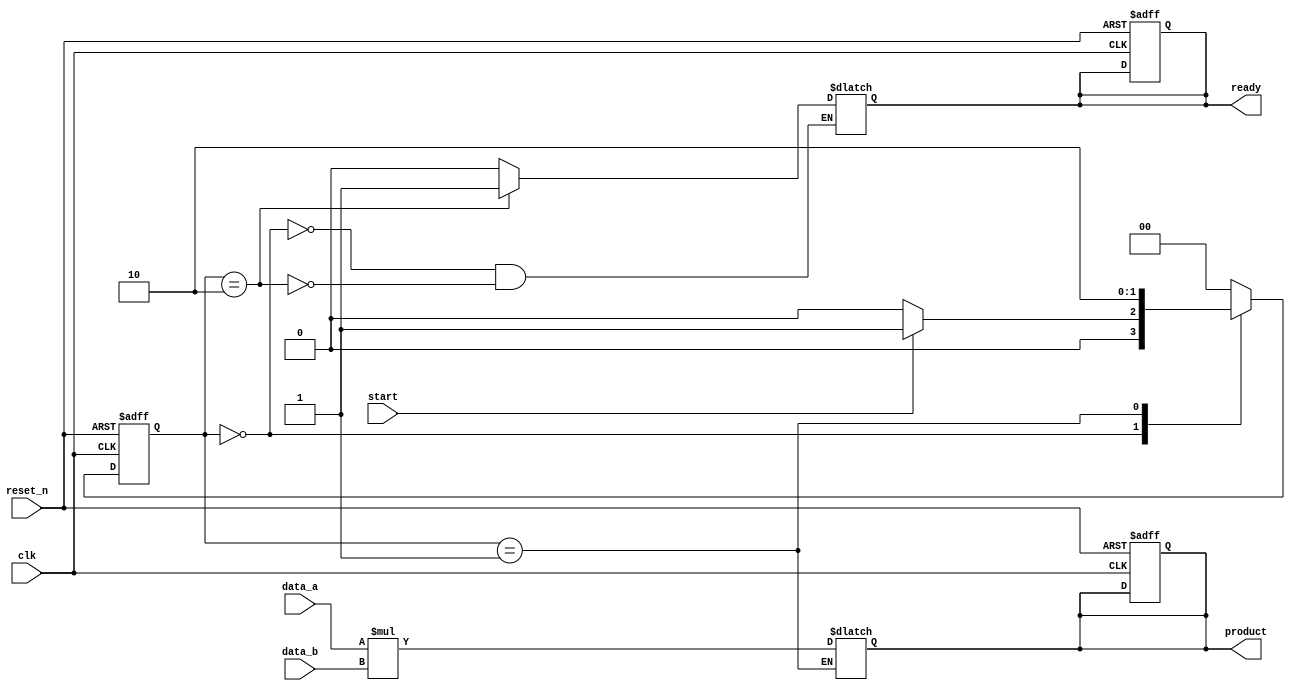
module StreamingMultiplier #(
    parameter DATA_WIDTH = 16,   // Bit-width of input data
    parameter PRODUCT_WIDTH = 2*DATA_WIDTH  // Bit-width of the product
)(
    input clk,                    // Clock signal
    input reset_n,                // Active-low asynchronous reset
    input start,                  // Start signal to initiate multiplication
    input signed [DATA_WIDTH-1:0] data_a,  // First input data stream
    input signed [DATA_WIDTH-1:0] data_b,  // Second input data stream
    output reg signed [PRODUCT_WIDTH-1:0] product,  // Output product
    output reg ready              // Signal indicating product is ready
);

    reg [1:0] state; // State variable to indicate the operation state
    reg [1:0] next_state; // Next state for state machine
    localparam IDLE = 2'b00, PROCESS = 2'b01, READY = 2'b10;

    // State Machine to handle operations
    always @(posedge clk or negedge reset_n) begin
        if (!reset_n) begin
            state <= IDLE;
            product <= 0;
            ready <= 0;
        end else begin
            state <= next_state;
        end
    end

    // Combinational logic to determine next state
    always @(*) begin
        case (state)
            IDLE: begin
                ready = 0;
                if (start) begin
                    next_state = PROCESS;
                end else begin
                    next_state = IDLE;
                end
            end
            PROCESS: begin
                product = data_a * data_b; // Perform multiplication
                next_state = READY;
            end
            READY: begin
                ready = 1; // Indicate that product is ready
                next_state = IDLE; // Go back to IDLE state
            end
            default: begin
                next_state = IDLE; // Default to IDLE state
            end
        endcase
    end

endmodule